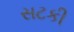
સટકી